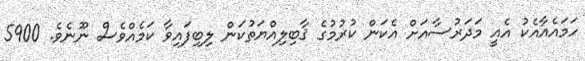
ހަމައެއާއެކު އެއީ މަދަރުސާއަށް އެކަން ކުރުމުގެ ޤާބިލިއްޔަތުކަން ލިބިފައިވާ ކަމެއްވެސް ނޫނެވެ. 5900